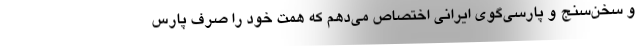
و سخن‌سنج و پارسی‌گوی ایرانی اختصاص می‌دهم که همت خود را صرف پارس